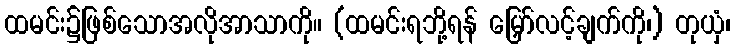
ထမင်း၌ဖြစ်သောအလိုအာသာကို။ (ထမင်းရဘို့ရန် မြှော်လင့်ချက်ကို၊) တုယှံ၊